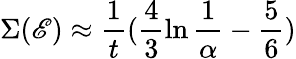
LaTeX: \Sigma(\mathscr{E})\approx\frac{{1}}{{t}}(\frac{{4}}{{3}}\ln\frac{{1}}{{\alpha}}-\frac{{5}}{{6}})